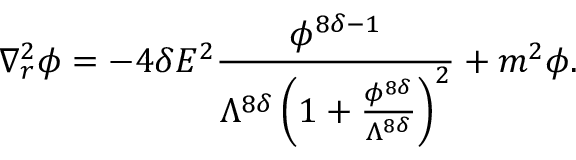
\nabla _ { r } ^ { 2 } \phi = - 4 \delta E ^ { 2 } \frac { \phi ^ { 8 \delta - 1 } } { \Lambda ^ { 8 \delta } \left( 1 + \frac { \phi ^ { 8 \delta } } { \Lambda ^ { 8 \delta } } \right) ^ { 2 } } + m ^ { 2 } \phi .